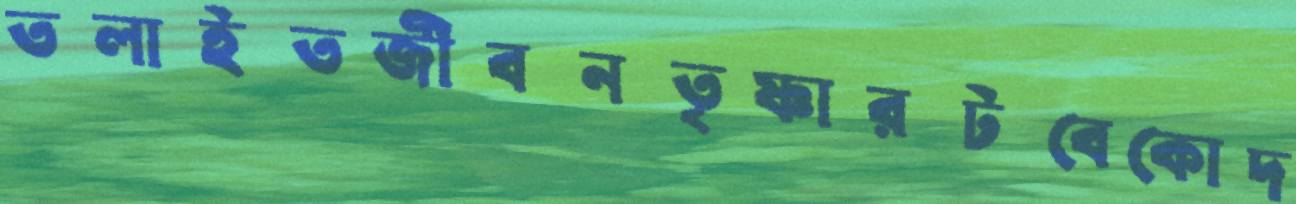
তলাইতজীবনতৃষ্ণারটবেকোদ